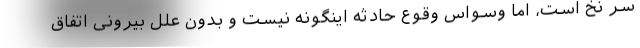
سر نخ است، اما وسواس وقوع حادثه اینگونه نیست و بدون علل بیرونی اتفاق